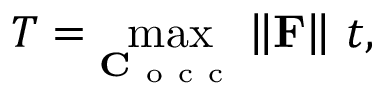
T = \operatorname* { m a x } _ { \mathbf C _ { \mathrm { ~ o ~ c ~ c ~ } } } \left\| \mathbf { F } \right\| \, t ,